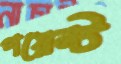
পয়েন্ট